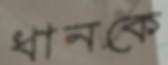
ধানকে